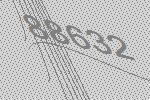
88632